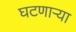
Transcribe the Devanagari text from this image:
घटणाऱ्या